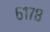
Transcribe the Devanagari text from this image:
६१७८